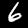
Label: 6